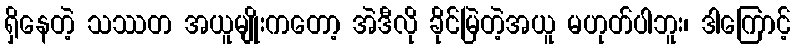
ရှိနေတဲ့ သဿတ အယူမျိုးကတော့ အဲဒီလို ခိုင်မြဲတဲ့အယူ မဟုတ်ပါဘူး၊ ဒါကြောင့်